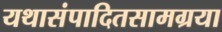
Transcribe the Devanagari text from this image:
यथासंपादितसामग्रया